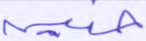
حنين